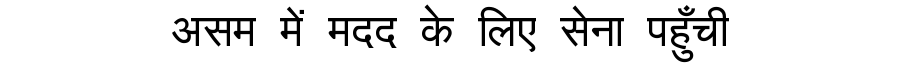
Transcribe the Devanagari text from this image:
असम में मदद के लिए सेना पहुँची